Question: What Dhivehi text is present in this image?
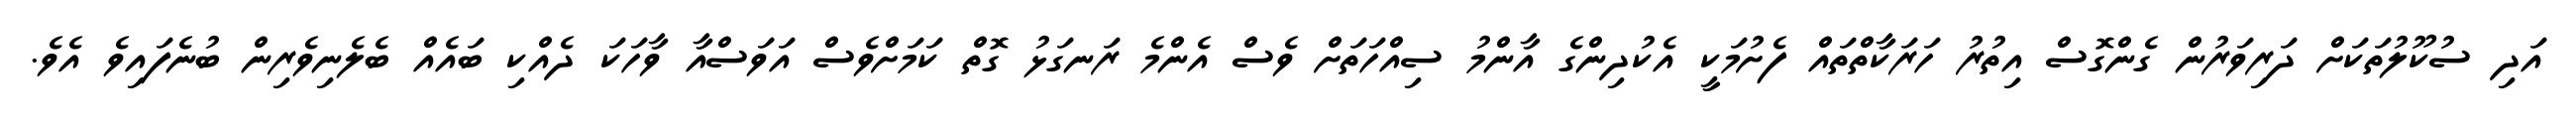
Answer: އަދި ސުކޫލުތަކަށް ދަރިވަރުން ގެންގޮސް އިތުރު ހަރަކާތްތައް ފެށުމަކީ އެކުދިންގެ އާންމު ސިއްހަތަށް ވެސް އެންމެ ރަނގަޅު ގޮތް ކަމަށްވެސް އަވަސްއާ ވާހަކަ ދެއްކި ބައެއް ބެލެނިވެރިން ބުނެފައިވެ އެވެ.